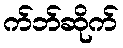
က်ဘ်ဆိုက်